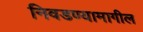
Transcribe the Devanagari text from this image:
निवडण्यामागील